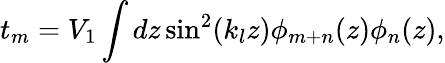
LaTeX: t_{m}=V_{1}\int dz\sin^{2}(k_{l}z)\phi_{m+n}(z)\phi_{n}(z),